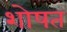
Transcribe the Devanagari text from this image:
शोषत